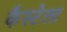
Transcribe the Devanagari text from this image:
कैस्टेला